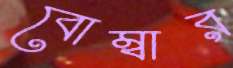
বোম্বার